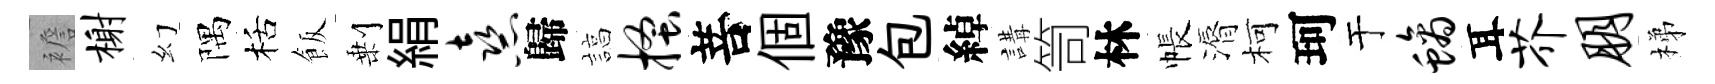
襜榭幻隅栝飯剰絹熹歸諄搔菩個豫包綽講笥林帳漘柯珂于螭耳芥朋梯